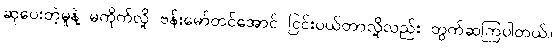
ဆုပေးတဲ့မူနဲ့ မကိုက်လို့ ဗန်းမော်တင်အောင် ငြင်းပယ်တာလို့လည်း တွက်ဆကြပါတယ်။